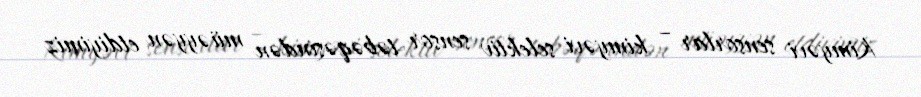
Kimyəvi sensorlar – kimyəvi selektiv sensor təbəqəsindən müəyyən etdiyimiz